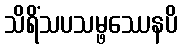
သိရိံသပသမ္ဖဿေနပိ